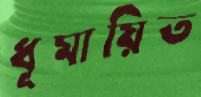
ধূমায়িত